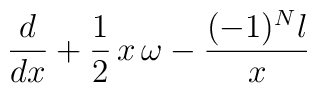
\frac{d}{dx} + \frac{1}{2}\,x\,\omega - \frac{(-1)^N l}{x}